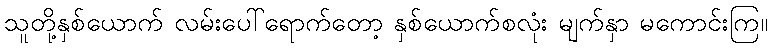
သူတို့နှစ်ယောက် လမ်းပေါ်ရောက်တော့ နှစ်ယောက်စလုံး မျက်နှာ မကောင်းကြ။